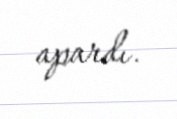
apardı.